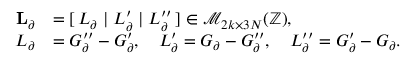
\begin{array} { r l } { \mathbf { L } _ { \partial } } & { = [ \, L _ { \partial } \; | \; L _ { \partial } ^ { \prime } \; | \; L _ { \partial } ^ { \prime \prime } \, ] \in \mathcal { M } _ { 2 k \times 3 N } ( \mathbb { Z } ) , } \\ { L _ { \partial } } & { = G _ { \partial } ^ { \prime \prime } - G _ { \partial } ^ { \prime } , \quad L _ { \partial } ^ { \prime } = G _ { \partial } - G _ { \partial } ^ { \prime \prime } , \quad L _ { \partial } ^ { \prime \prime } = G _ { \partial } ^ { \prime } - G _ { \partial } . } \end{array}